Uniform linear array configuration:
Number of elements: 8
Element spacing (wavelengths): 1
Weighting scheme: uniform
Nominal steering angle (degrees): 15
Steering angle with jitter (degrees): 14.363
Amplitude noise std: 0.05
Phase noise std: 0.05

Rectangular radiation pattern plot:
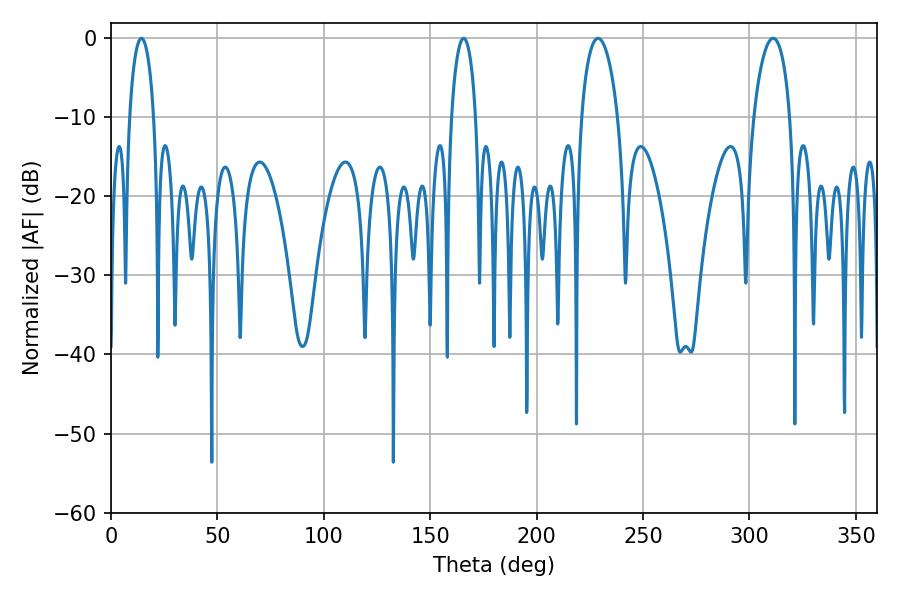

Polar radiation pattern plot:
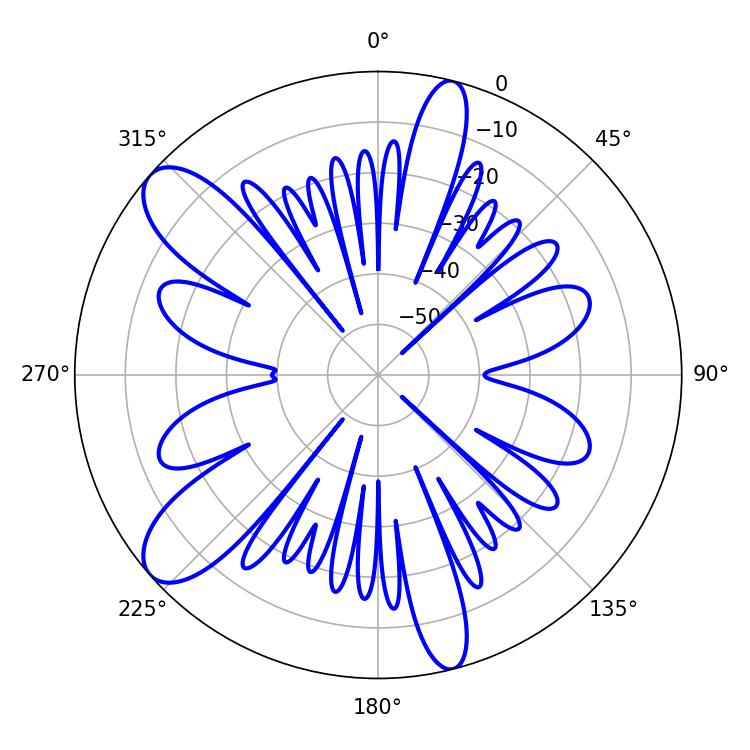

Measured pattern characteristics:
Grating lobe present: TRUE
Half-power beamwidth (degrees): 9.72
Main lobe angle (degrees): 228.78